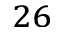
^ { 2 6 }